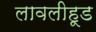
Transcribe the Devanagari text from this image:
लावलीहूड